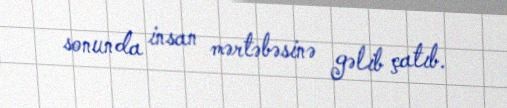
sonunda insan mərtəbəsinə gəlib çatıb.